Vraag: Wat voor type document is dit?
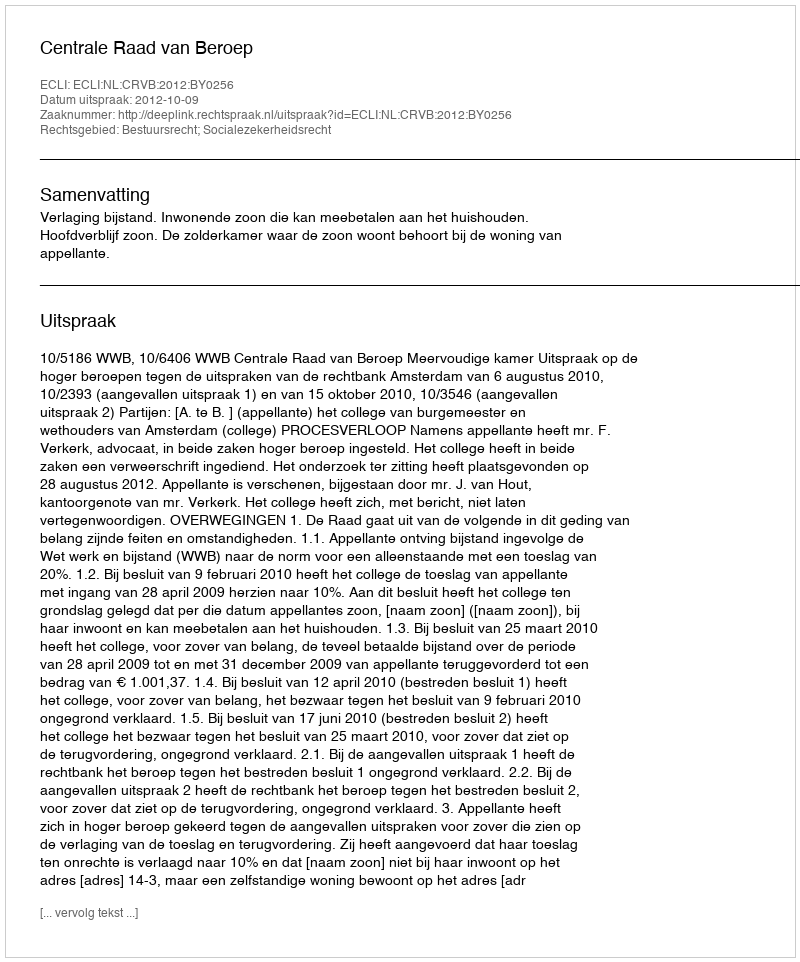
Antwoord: Uitspraak